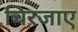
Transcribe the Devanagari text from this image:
चिरजाए